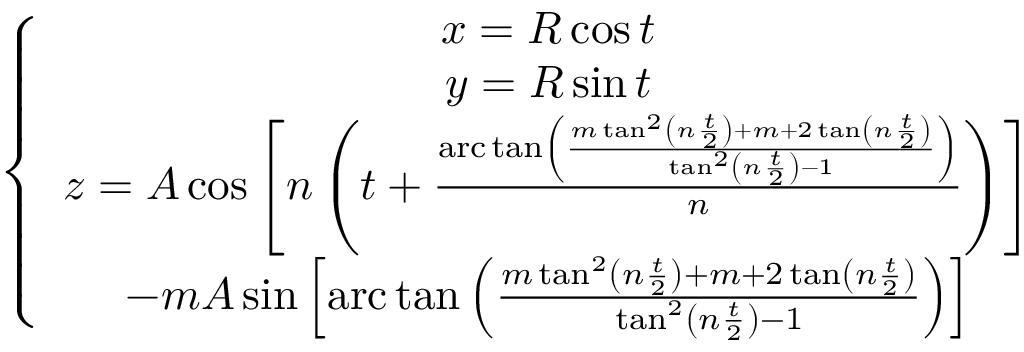
\left\{ \begin{array} { c } { x = R \cos t } \\ { y = R \sin t } \\ { z = A \cos \left[ n \left( t + \frac { \mathrm { a r c } \tan \left( \frac { m \tan ^ { 2 } \left( n \frac { t } { 2 } \right) + m + 2 \tan \left( n \frac { t } { 2 } \right) } { \tan ^ { 2 } \left( n \frac { t } { 2 } \right) - 1 } \right) } { n } \right) \right] } \\ { - m A \sin \left[ \mathrm { a r c } \tan \left( \frac { m \tan ^ { 2 } \left( n \frac { t } { 2 } \right) + m + 2 \tan \left( n \frac { t } { 2 } \right) } { \tan ^ { 2 } \left( n \frac { t } { 2 } \right) - 1 } \right) \right] } \end{array} \right.